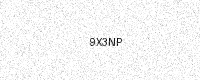
Text: 9X3NP